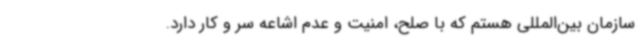
سازمان بین‌المللی هستم که با صلح، امنیت و عدم اشاعه سر و کار دارد.